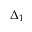
\Delta _ { 1 }